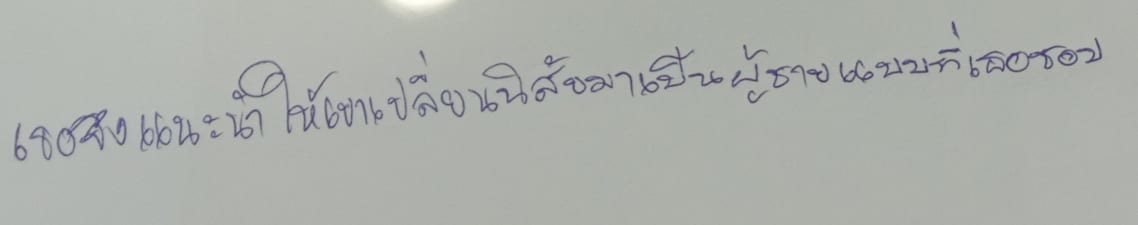
เธอจึงแนะนำให้เขาเปลี่ยนนิสัยมาเป็นผู้ชายแบบที่เธอชอบ